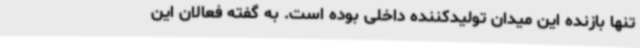
تنها بازنده این میدان تولیدکننده داخلی بوده است. به گفته فعالان این